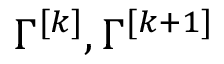
\Gamma ^ { [ k ] } , \Gamma ^ { [ k + 1 ] }